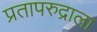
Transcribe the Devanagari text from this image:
प्रतापरुद्राला